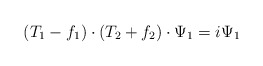
\begin{align*}(T_1-f_1)\cdot (T_2+f_2)\cdot \Psi_1=i\Psi_1\end{align*}